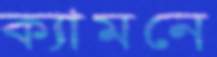
ক্যামনে